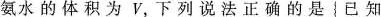
氨水的体积为V，下列说法正确的是{已知